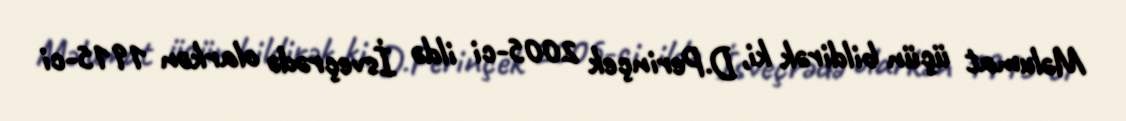
Məlumat üçün bildirək ki, D.Perinçek 2005-ci ildə İsveçrədə olarkən 1915-ci